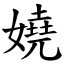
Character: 嬈